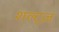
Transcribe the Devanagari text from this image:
शल्ट्ज़